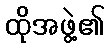
ထိုအဖွဲ့၏